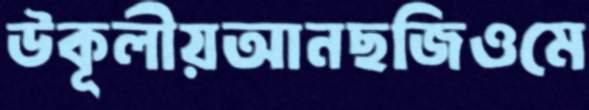
উকূলীয়আনছজিওমে